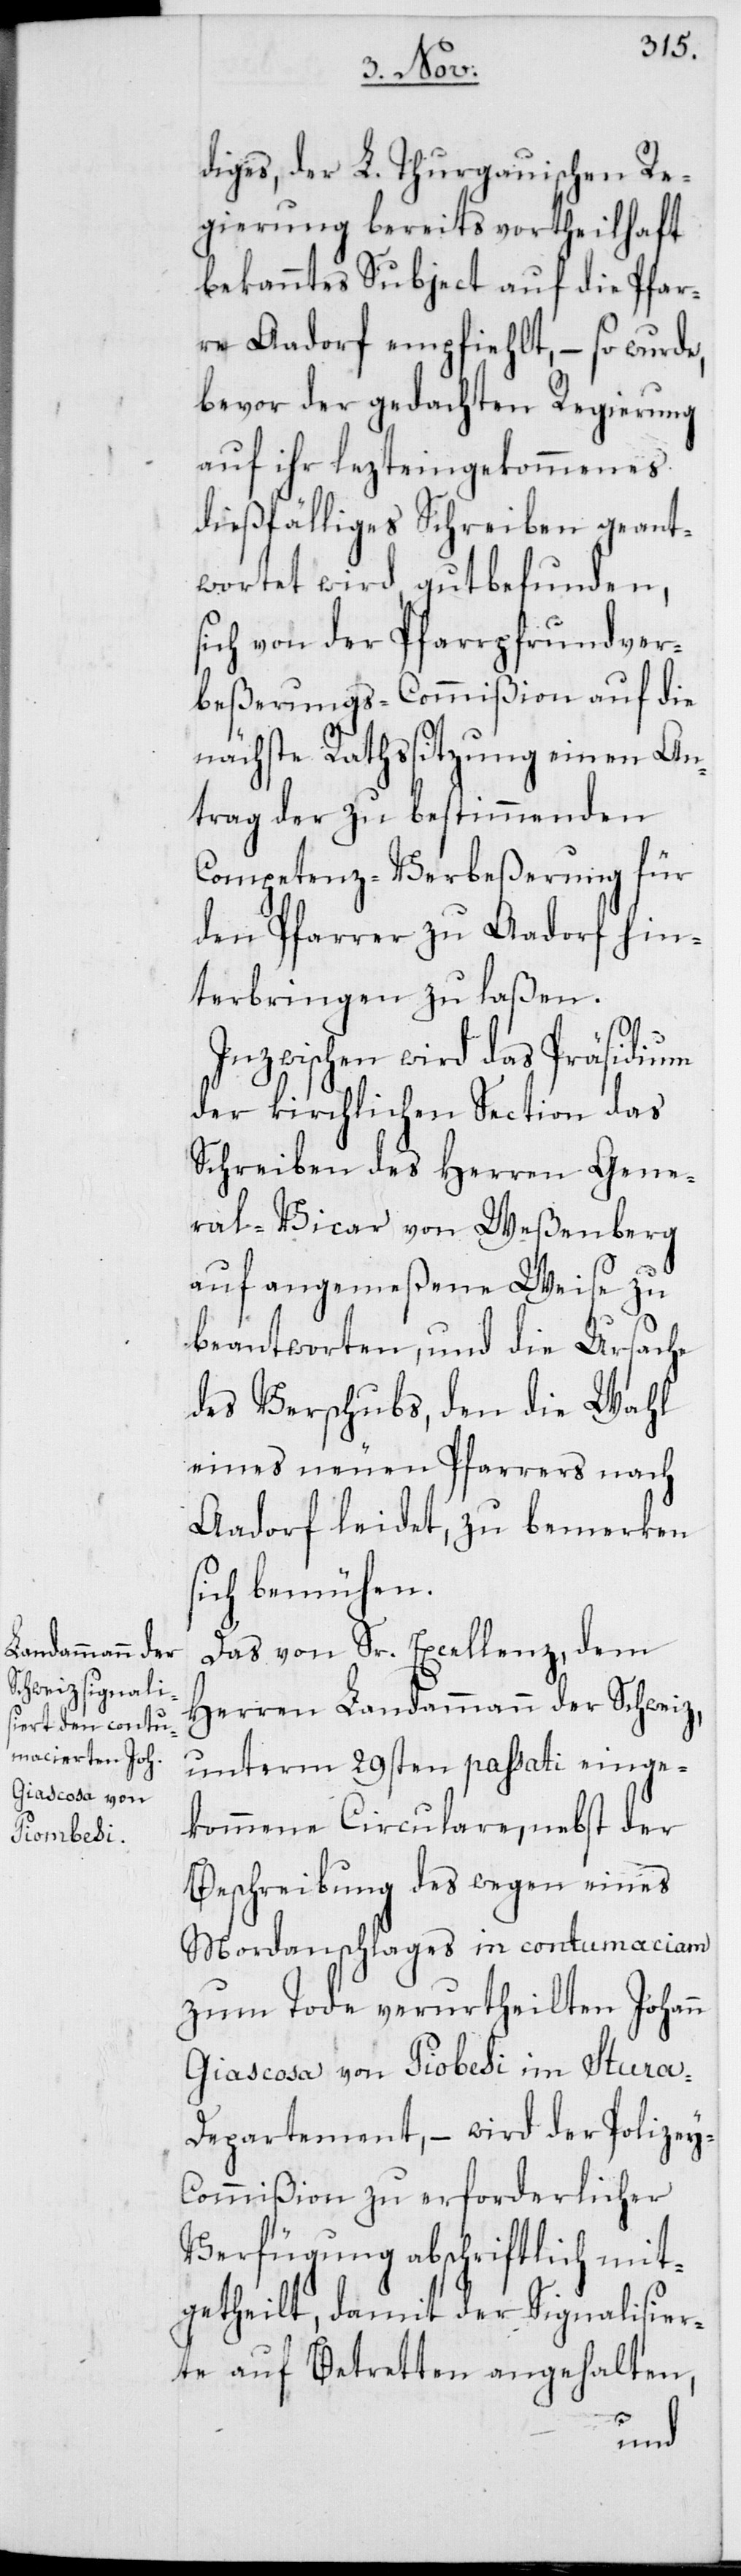
diges, der L. Thurgauischen Re¬
gierung bereits vortheilhaft
bekanntes Subject auf die Pfar¬
re Aadorf empfiehlt, – so wurde,
bevor der gedachten Regierung
auf ihr lezteingekommenes
dießfälliges Schreiben geant¬
wortet wird, gut befunden,
sich von der Pfarrpfrundver¬
beßerungs-Commißion auf die
nächste Rathssitzung einen An¬
trag der zu bestimmenden
Competenz-Verbeßerung für
den Pfarrer zu Aadorf hin¬
terbringen zu laßen.
Inzwischen wird das Präsidium
der kirchlichen Section das
Schreiben des Herren Gene¬
ral-Vicar von Weßenberg
auf angemeßene Weise zu
beantworten, und die Ursache
des Verschubs, den die Wahl
eines neuen Pfarrers nach
Aadorf leidet, zu bemerken
sich bemühen.
Das von Sr. Excellenz, dem
Herren Landammann der Schweiz,
unterm 29sten passati einge¬
kommene Circulare, nebst der
Beschreibung des wegen eines
Mordanschlages in contumaciam
zum Tode verurtheilten Johann
Giascosa von Piobesi im Stura-D¬
epartement, – wird der Polize¬
y-Commißion zu erforderlicher
Verfügung abschriftlich mit¬
getheilt, damit der Signalisier¬
te auf Betretten angehalten,